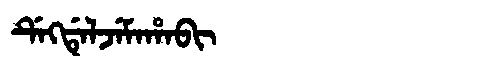
Manchu: ᡩᡝᡴᡩᡝᠯᠵᡝᠮᠠᡥᠠᠪᡳ
Romanization: DEKDELJEMAHABI